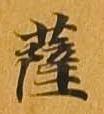
薩